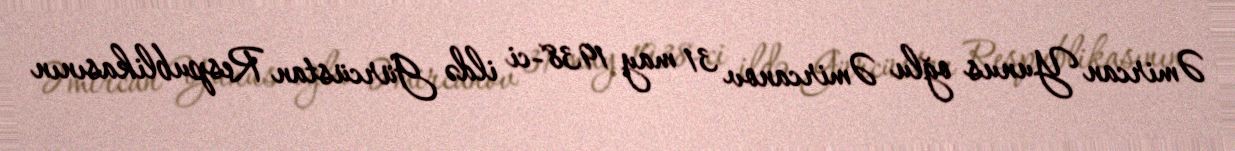
Əmircan Yunus oğlu Əmircanov 31 may 1938-ci ildə Gürcüstan Respublikasının